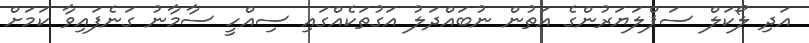
އަދި ލޯކަލް ސަޕްލަޔަރުންގެ އަތުން ނުބައްދަލު އަގުތަކެއްގައި ސިއްހީ ސާމާނު ގަނެފައިވާ ކަމަށް